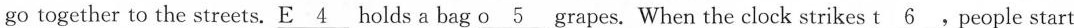
go together to the streets. E\underline{4}holds a bag o\underline{5}grapes. When the clock strikes t\underline{6},People start